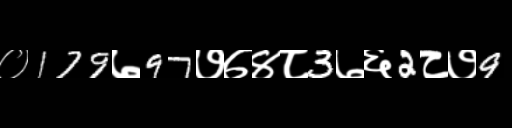
Text: ०179७97७७४८3७६2८७9